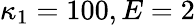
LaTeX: \kappa_{1}=100,E=2